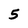
Character: 5